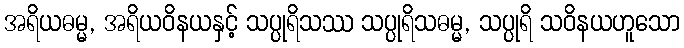
အရိယဓမ္မ, အရိယဝိနယနှင့် သပ္ပုရိသဿ သပ္ပုရိသဓမ္မ, သပ္ပုရိ သဝိနယဟူသော